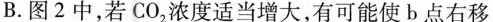
B.图2中，若CO_{2}浓度适当增大，有可能使b点右移